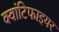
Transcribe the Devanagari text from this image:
क्वांटिफाइयर